Document type: Acquittal of debt
Year: 1424
Scribe: Francesc de Casanoves
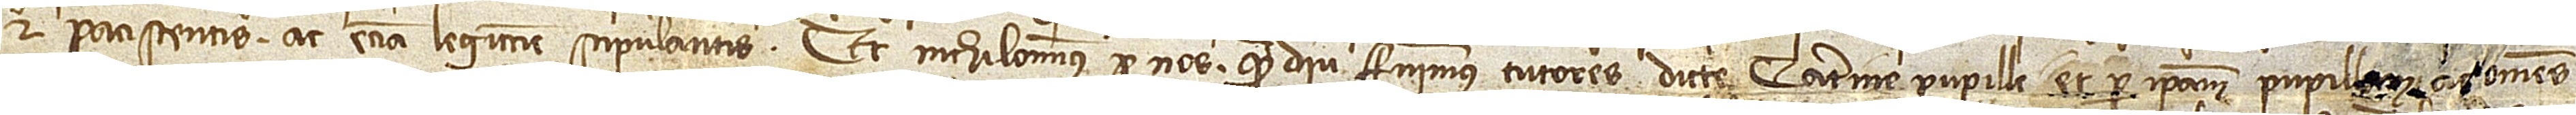
et paciscentis ac etiam legittime stipulantis. Et nichilominus per nos quamdiu fuerimus tutores dicte Caterine, pupille, et per ipsam pupill[am] a[c] omnes